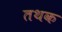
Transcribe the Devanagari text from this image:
तथक